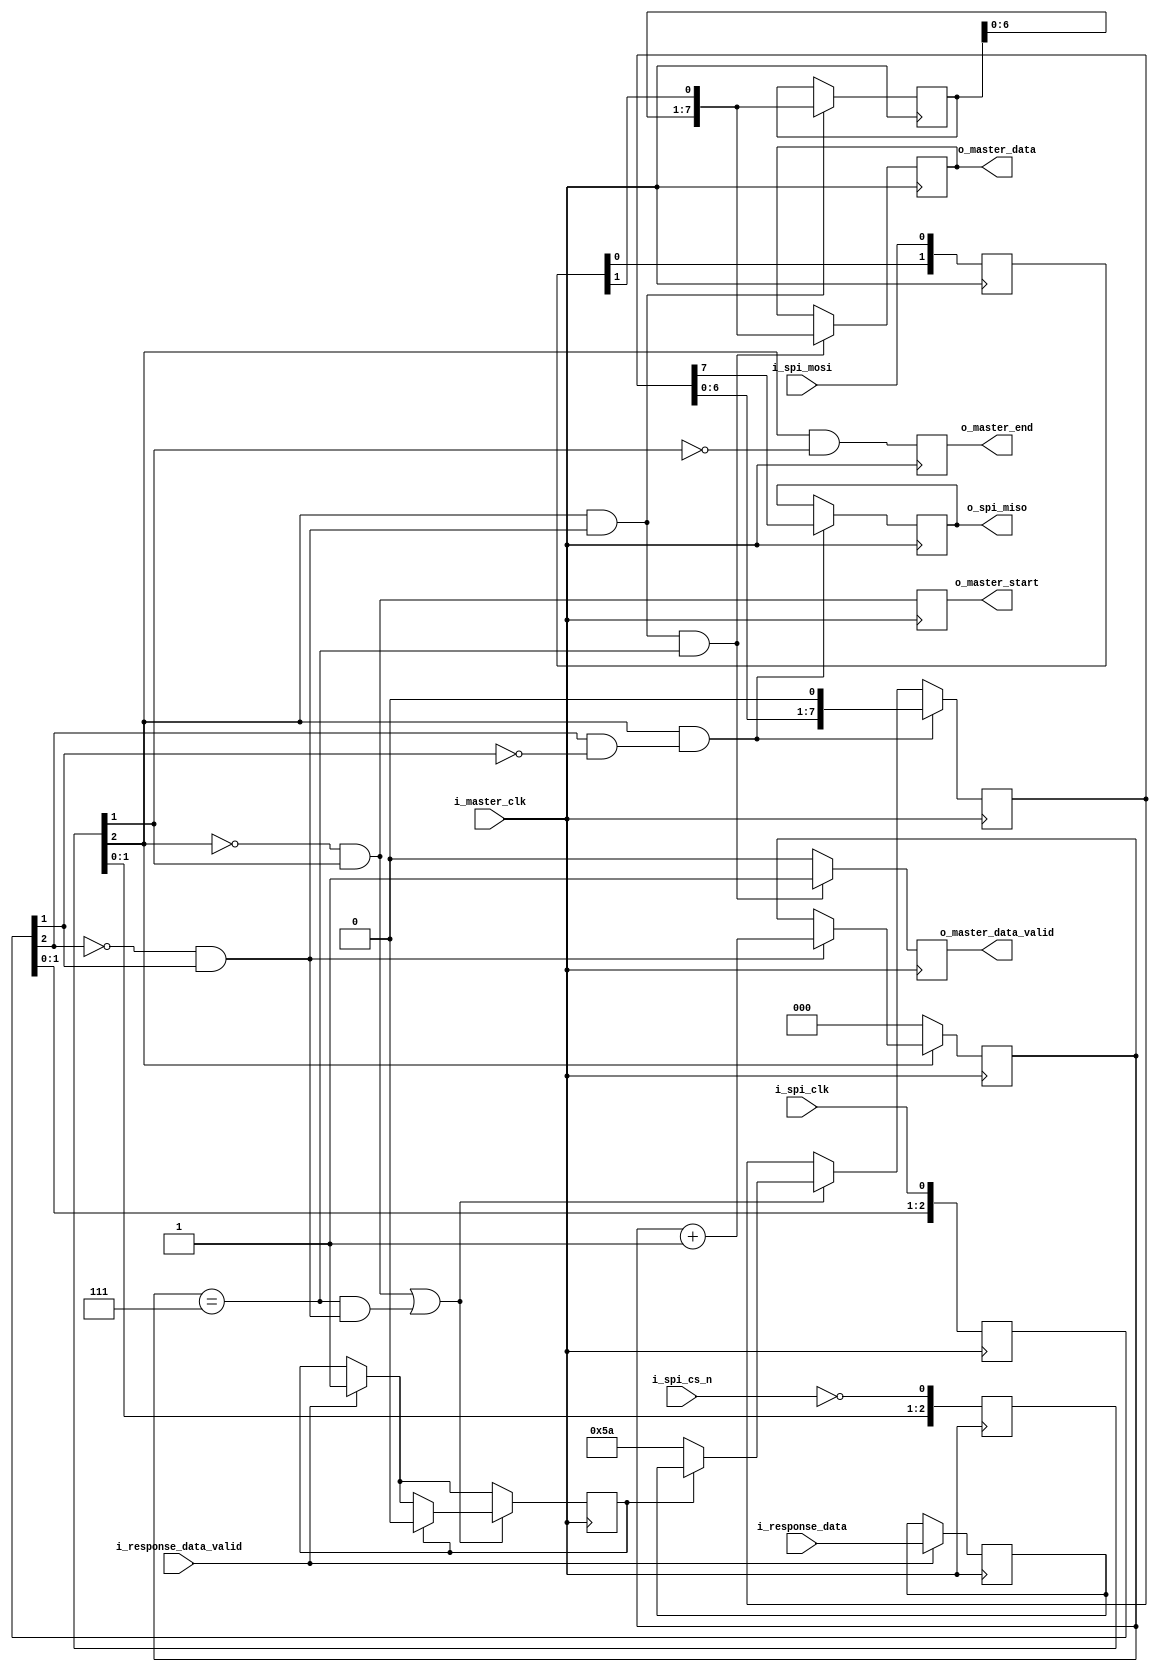

module SPIController (
        // clock
        i_master_clk,

        // SPI interface (mixed clock domain)
        i_spi_cs_n, i_spi_clk, i_spi_mosi, o_spi_miso,

        // MASTER DATA interface (master clock domain)
        o_master_data,
        o_master_data_valid,
        o_master_start,
        o_master_end,

        // SLAVE RESPONSE interface (master clock domain)
        i_response_data,
        i_response_data_valid

    );

    input           i_master_clk;

    input           i_spi_cs_n;
    input           i_spi_clk;
    input           i_spi_mosi;
    output          o_spi_miso;

    output[7:0] o_master_data;
    output      o_master_data_valid;
    output      o_master_start;
    output      o_master_end;

    input           i_response_data_valid;
    input[7:0]      i_response_data;

    // ***********************************************
    // **                                           **
    // **   SPI SLAVE CONTROLLER                    **
    // **                                           **
    // ***********************************************

    // cross clock domain
    reg[2:0]    xd_clk = 0;
    reg[2:0]    xd_cs = 0;
    reg[2:0]    xd_mosi = 0;

    always @(posedge i_master_clk) begin
        xd_clk <= { xd_clk[1:0], i_spi_clk };
        xd_cs <= { xd_cs[1:0], !i_spi_cs_n };
        xd_mosi <= { xd_mosi[1:0], i_spi_mosi };
    end

    // SIGNAL: falling edge of SCLK
    wire        w_clk_data_in = !xd_clk[2] && xd_clk[1];

    // SIGNAL: rising edge of SCLK
    wire        w_clk_data_out = xd_clk[2] && !xd_clk[1];

    // SIGNAL: SPI RESET
    wire        w_reset = !xd_cs[2];

    reg[2:0]    r_bit_counter = 0;
    reg[7:0]    r_shift_register = 0;


    // SPI machine: bit counter
    always @(posedge i_master_clk) begin
        if(w_reset) begin
            r_bit_counter <= 0;
        end else begin
            if(w_clk_data_in) begin
                r_bit_counter <= r_bit_counter + 1;
            end
        end
    end

    // SPI machine: input shift register
    always @(posedge i_master_clk) begin
        if(!w_reset && w_clk_data_in)
            r_shift_register <= { r_shift_register[6:0], xd_mosi[1] };
    end

    // SPI machine: data output
    reg[7:0]    r_master_data = 0;
    reg         r_master_data_valid = 0;
    always @(posedge i_master_clk) begin
        if(!w_reset && w_clk_data_in && (r_bit_counter == 7)) begin
            r_master_data <= { r_shift_register[6:0], xd_mosi[1] };
            r_master_data_valid <= 1'b1;
        end else begin
            r_master_data_valid <= 1'b0;
        end
    end
    assign o_master_data = r_master_data;
    assign o_master_data_valid = r_master_data_valid;

    // SPI machine: START & END flags
    reg         r_master_start = 0;
    reg         r_master_end = 0;
    always @(posedge i_master_clk) begin
        r_master_start <= !xd_cs[2] && xd_cs[1];
        r_master_end <= xd_cs[2] && !xd_cs[1];
    end
    assign o_master_start = r_master_start;
    assign o_master_end = r_master_end;
        
    
    // SPI machine: response data
    reg[7:0]    r_response_data;
    reg         r_response_data_valid = 0;
    reg[7:0]    r_response_shift_register;

    reg         r_spi_miso = 0;

    always @(posedge i_master_clk) begin

        if(i_response_data_valid) begin
            r_response_data <= i_response_data;
            r_response_data_valid <= 1'b1;
        end

        if((!xd_cs[2] && xd_cs[1]) || ((r_bit_counter == 7) && w_clk_data_in)) begin
            if(r_response_data_valid) begin
                r_response_shift_register <= r_response_data;
                r_response_data_valid <= 1'b0;
            end else begin
                r_response_shift_register <= 8'h5A;
            end
        end

        if(!w_reset && w_clk_data_out) begin
            r_spi_miso <= r_response_shift_register[7];
            r_response_shift_register <= { r_response_shift_register[6:0], 1'b0 };
        end
        
    end

    assign o_spi_miso = r_spi_miso;

endmodule